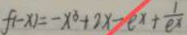
f ( - x ) = - x ^ { 3 } + 2 x - e ^ { x } + \frac { 1 } { e ^ { x } }